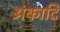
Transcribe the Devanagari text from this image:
अंकादि